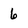
Character: 6